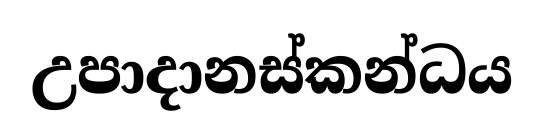
උපාදානස්කන්ධය